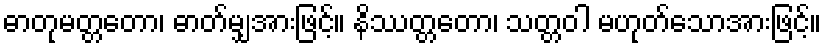
ဓာတုမတ္တတော၊ ဓာတ်မျှအားဖြင့်။ နိဿတ္တတော၊ သတ္တဝါ မဟုတ်သောအားဖြင့်။